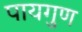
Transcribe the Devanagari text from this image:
पायगुण